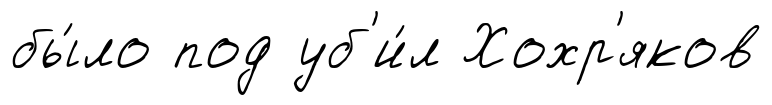
бы́ло под уб'и́л Хохр'яков